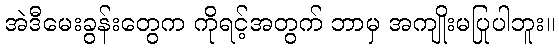
အဲဒီမေးခွန်းတွေက ကိုရင့်အတွက် ဘာမှ အကျိုးမပြုပါဘူး။